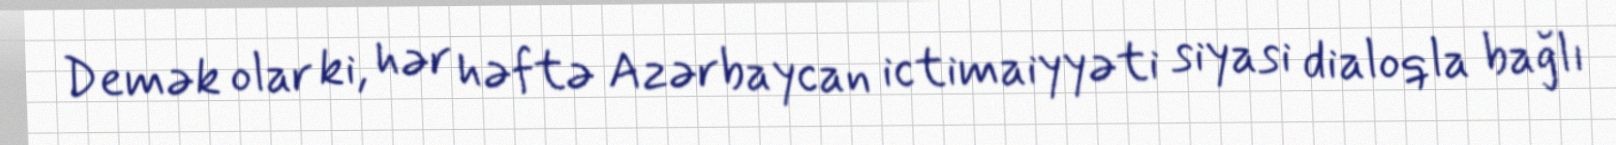
Demək olar ki, hər həftə Azərbaycan ictimaiyyəti siyasi dialoqla bağlı